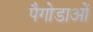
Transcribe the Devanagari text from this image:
पैगोडाओं